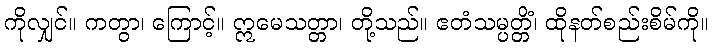
ကိုလျှင်။ ကတွာ၊ ကြောင့်။ ဣမေသတ္တာ၊ တို့သည်။ ဧတံသမ္ပတ္တိံ၊ ထိုနတ်စည်းစိမ်ကို။